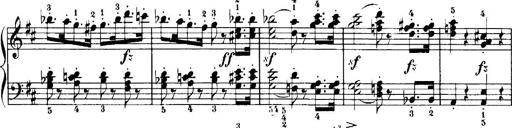
Title: 7 Sonatinas
Composer: Anton Diabelli